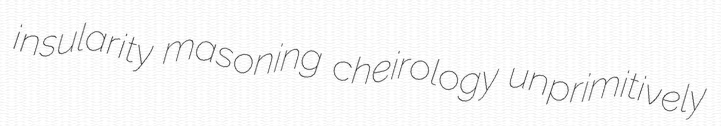
insularity masoning cheirology unprimitively